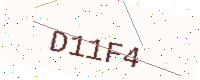
Text: D11F4